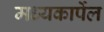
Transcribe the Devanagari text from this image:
मध्यकार्पेल